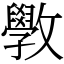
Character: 斆